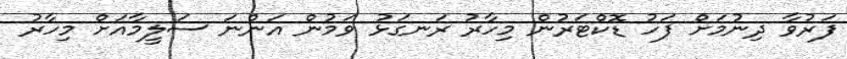
ފަރުވާ ދިނުމަށް ފަހު ޑޮކްޓަރުން މިހާރު ރަނގަޅު ވަމުން އަންނަ ސަލީމާއަށް މިހާރު